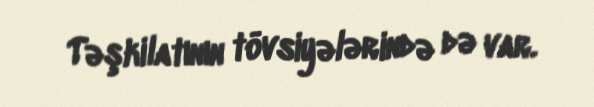
Təşkilatının tövsiyələrində də var.